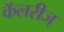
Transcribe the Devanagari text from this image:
कॅलरीज्‌